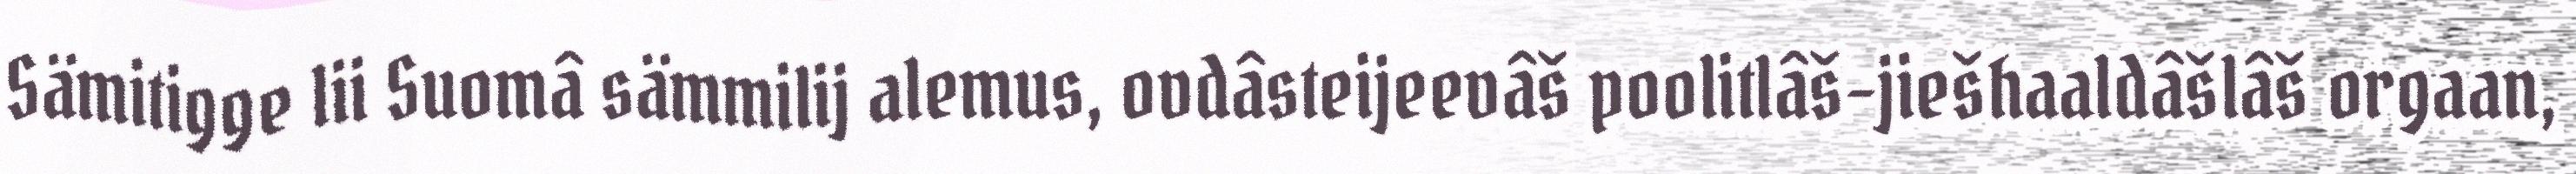
Sämitigge lii Suomâ sämmilij alemus, ovdâsteijeevâš poolitlâš-jiešhaaldâšlâš orgaan,